Mental hospitals Bombay report 1929-33 - 1929-1933
Year: 1929
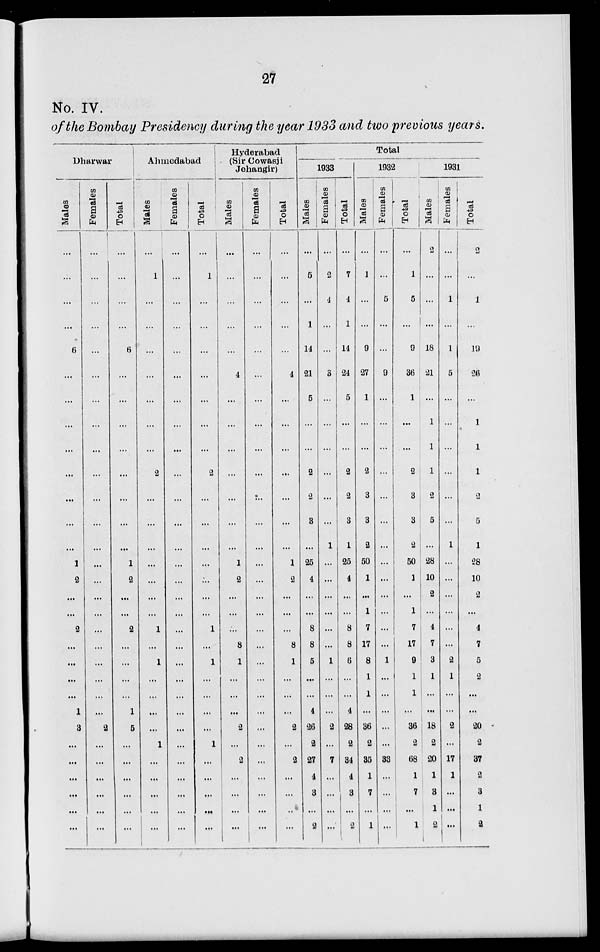
27
No. IV.
of the Bombay Presidency during the year 1933 and two previous years.
Dharwar
Males
...
...
...
...
6
...
...
...
...
...
...
...
...
1
2
...
...
2
...
...
...
...
1
3
...
...
...
...
...
...
Females
...
...
...
...
...
...
...
...
...
...
...
...
...
...
...
...
...
...
...
...
...
...
...
2
...
...
...
...
...
...
Total
...
...
...
...
6
...
...
...
...
...
...
...
...
1
2
...
...
2
...
...
...
...
1
5
...
...
...
...
...
...
Ahmedabad
Males
...
1
...
...
...
...
...
...
...
2
...
...
...
...
...
...
...
1
...
1
...
...
...
...
1
...
...
...
...
...
Females
...
...
...
...
...
...
...
...
...
...
...
...
...
...
...
...
...
...
...
...
...
...
...
...
...
...
...
...
...
...
Total
...
1
...
...
...
...
...
...
...
2
...
...
...
...
...
...
...
1
...
1
...
...
...
...
1
...
...
...
...
...
Hyderabad
(Sir Cowasji
Jehangir)
Males
...
...
...
...
...
4
...
...
...
...
...
...
...
1
2
...
...
...
8
1
...
...
...
2
...
2
...
...
...
...
Females
...
...
...
...
...
...
...
...
...
...
...
...
...
...
...
...
...
...
...
...
...
...
...
...
...
...
...
...
...
...
Total
...
...
...
...
...
4
...
...
...
...
...
...
...
1
2
...
...
...
8
1
...
...
...
2
...
2
...
...
...
...
Total
1933
Males
...
5
...
1
14
21
5
...
...
2
2
3
...
25
4
...
...
8
8
5
...
...
4
26
2
27
4
3
...
2
Females
...
2
4
...
...
3
...
...
...
...
...
...
1
...
...
...
...
...
...
1
...
...
...
2
...
7
...
...
...
...
Total
...
7
4
1
14
24
5
...
...
2
2
3
1
25
4
...
...
8
8
6
...
...
4
28
2
34
4
3
...
1932
Males
...
1
...
...
9
27
1
...
...
2
3
3
2
50
1
...
1
7
17
8
1
1
...
36
2
35
1
7
...
1
Females
...
...
5
...
...
9
...
...
...
...
...
...
...
...
...
...
...
...
...
1
...
...
...
...
...
33
...
...
...
...
Total
...
1
5
...
9
36
1
...
...
2
3
3
2
50
1
...
1
7
17
9
1
1
...
36
2
68
1
7
...
1
1931
Males
2
...
...
...
18
21
...
1
1
1
2
5
...
28
10
2
...
4
7
3
1
...
...
18
2
20
1
3
1
2
Females
...
...
1
...
1
5
...
...
...
...
...
...
1
...
...
...
...
...
...
2
1
...
...
2
...
17
1
...
...
Total
2
...
1
...
19
26
...
1
1
1
2
5
1
28
10
2
...
4
7
5
2
...
...
20
2
37
2
3
1
2